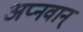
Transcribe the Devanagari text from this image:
अप्नवान्